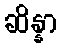
ဆိန္နာ